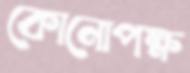
কোনোপক্ষ